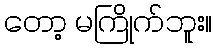
တော့ မကြိုက်ဘူး။